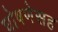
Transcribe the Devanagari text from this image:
घोषणेसह